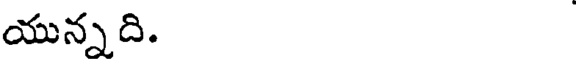
యున్నది.